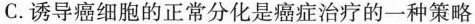
C.诱导癌细胞的正常分化是癌症治疗的一种策略